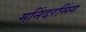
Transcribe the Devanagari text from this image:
मनिंदरसिंग